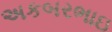
અકબરભાઇ